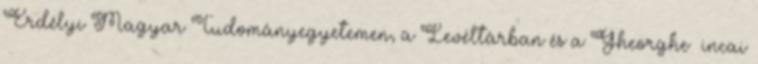
Erdélyi Magyar Tudományegyetemen, a Levéltárban és a Gheorghe Șincai